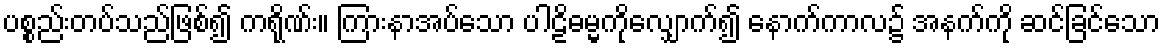
ပစ္စည်းတပ်သည်ဖြစ်၍ ကရိုဏ်း။ ကြားနာအပ်သော ပါဠိဓမ္မကိုလျှောက်၍ နောက်ကာလ၌ အနက်ကို ဆင်ခြင်သော